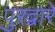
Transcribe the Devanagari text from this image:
पुरद्वारे